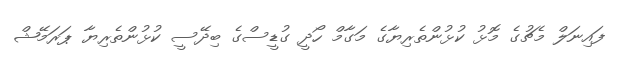
ފައިނަލް މެޗުގެ މޮޅު ކުޅުންތެރިޔާގެ މަގާމް ހޯދީ ގުޑީސްގެ ބިދޭސީ ކުޅުންތެރިޔާ ޕަރަމޭޝް